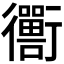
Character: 𬡁